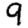
Digit: 9